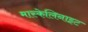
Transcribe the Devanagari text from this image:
मास्केलिनाइट